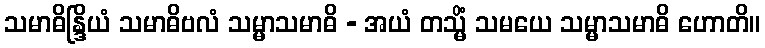
သမာဓိန္ဒြိယံ သမာဓိဗလံ သမ္မာသမာဓိ - အယံ တသ္မိံ သမယေ သမ္မာသမာဓိ ဟောတိ။